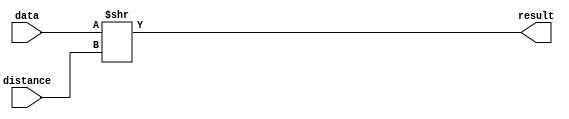
module logshiftright(distance,
                     data,
                     result);

   parameter             lpm_type = "LPM_CLSHIFT";
   parameter             lpm_width = 32;
   parameter             lpm_widthdist = 5;
   
   input  wire [lpm_widthdist-1:0] distance;
   input  wire [lpm_width-1    :0] data;
   output wire [lpm_width-1    :0] result;

   assign result = data >> distance;
endmodule